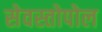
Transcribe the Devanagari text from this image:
सेवस्तोपोल